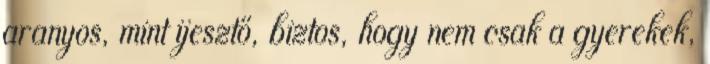
aranyos, mint ijesztő, biztos, hogy nem csak a gyerekek,